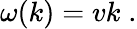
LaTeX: \omega(k)=vk\; .